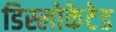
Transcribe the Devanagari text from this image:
डिस्लोकेटेड